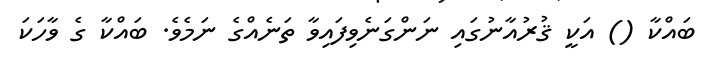
ބައްކާ () އަކީ ޤުރުއާނުގައި ނަންގަނެވިފައިވާ ތަނެއްގެ ނަމެވެ. ބައްކާ ގެ ވާހަކަ